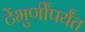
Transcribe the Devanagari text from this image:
टेंभुर्णींपर्यंत